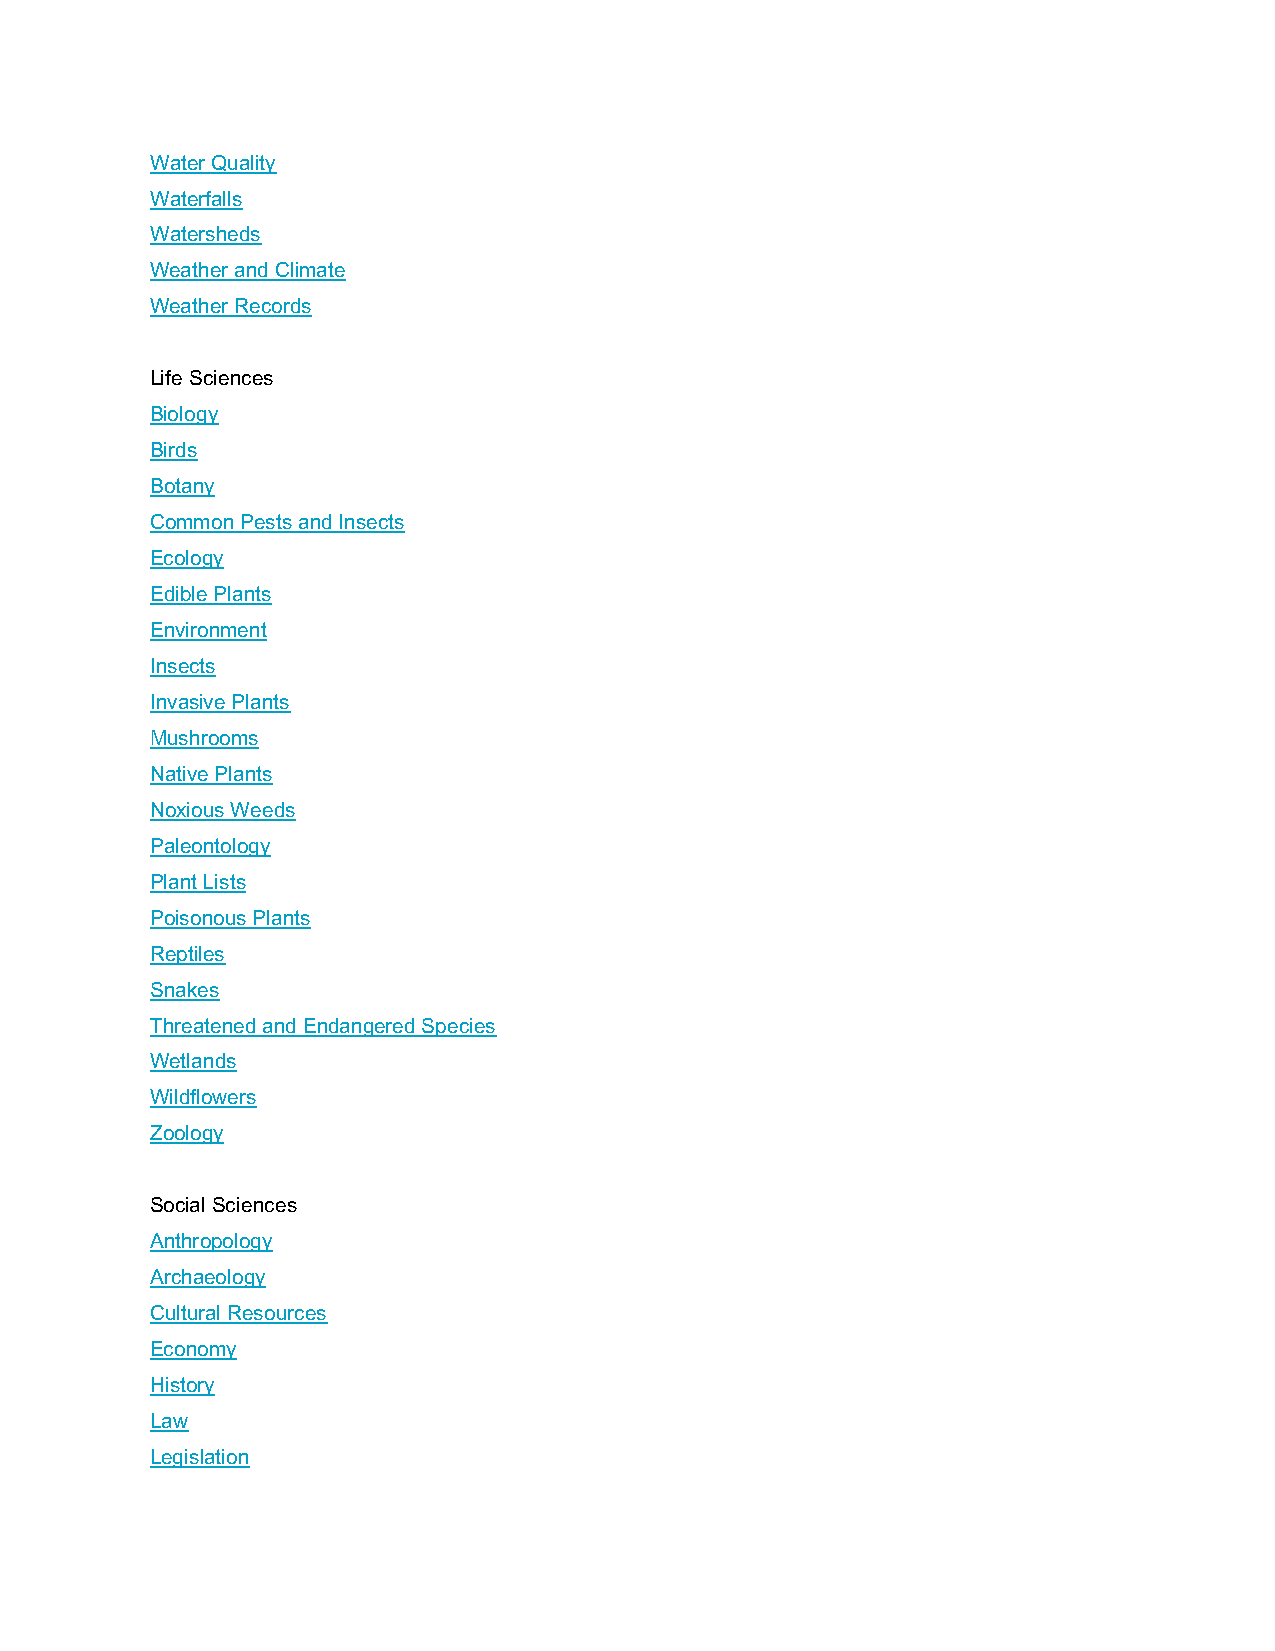
Water Quality
 Waterfalls
 Watersheds
 Weather and Climate
 Weather Records
 Life Sciences
 Biology
 Birds
 Botany
 Common Pests and Insects
 Ecology
 Edible Plants
 Environment
 Insects
 Invasive Plants
 Mushrooms
 Native Plants
 Noxious Weeds
 Paleontology
 Plant Lists
 Poisonous Plants
 Reptiles
 Snakes
 Threatened and Endangered Species
 Wetlands
 Wildflowers
 Zoology
 Social Sciences
 Anthropology
 Archaeology
 Cultural Resources
 Economy
 History
 Law
 Legislation